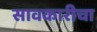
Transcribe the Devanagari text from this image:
सावकारीचा